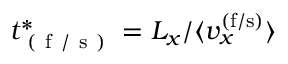
t _ { \mathrm { ~ ( ~ f ~ / ~ s ~ ) ~ } } ^ { * } = L _ { x } / \langle v _ { x } ^ { ( \mathrm { f / s ) } } \rangle